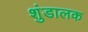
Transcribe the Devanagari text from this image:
शुंडालक